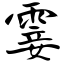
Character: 霎